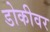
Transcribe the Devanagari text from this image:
डोकीवर